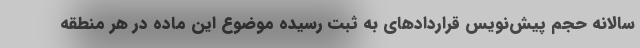
سالانه حجم پیش‌نویس قراردادهای به ثبت رسیده موضوع این ماده در هر منطقه